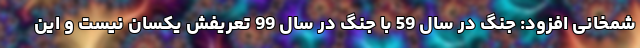
شمخانی افزود: جنگ در سال 59 با جنگ در سال 99 تعریفش یکسان نیست و این